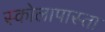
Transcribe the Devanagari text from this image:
स्कोलापास्ता